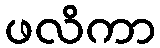
ဖလိကာ